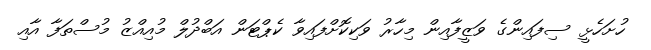
ހުށަހެޅީ ސިފައިންގެ ވަޒީފާއިން މިހާރު ވަކިކޮށްފައިވާ ކެޕްޓަން އަބްދުލް މުއިއްޒު މުސްތަފާ އާއި